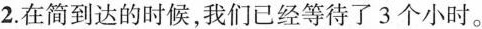
2.在简到达的时候，我们已经等待了3 个小时。